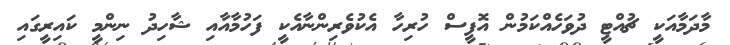
މާދަމާއަކީ ޗުއްޓީ ދުވަހެއްކަމުން އޮފީސް ހުރިހާ އެކުވެރިންނާއެކީ ފަހުމާއާއި ޝާހިދު ނިންމީ ކައިރީގައި